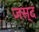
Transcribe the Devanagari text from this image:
जस्द